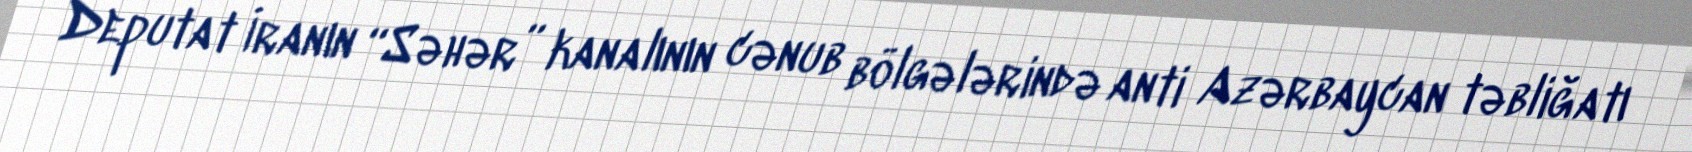
Deputat İranın “Səhər” kanalının cənub bölgələrində anti Azərbaycan təbliğatı